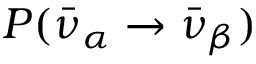
P ( \bar { \nu } _ { \alpha } \rightarrow \bar { \nu } _ { \beta } )